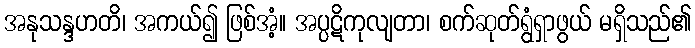
အနုသန္ဒဟတိ၊ အကယ်၍ ဖြစ်အံ့။ အပ္ပဋိကုလျတာ၊ စက်ဆုတ်ရွံရှာဖွယ် မရှိသည်၏